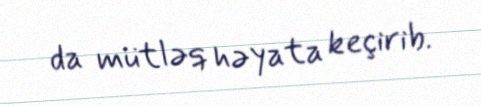
da mütləq həyata keçirib.